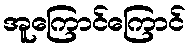
အူကြောင်ကြောင်